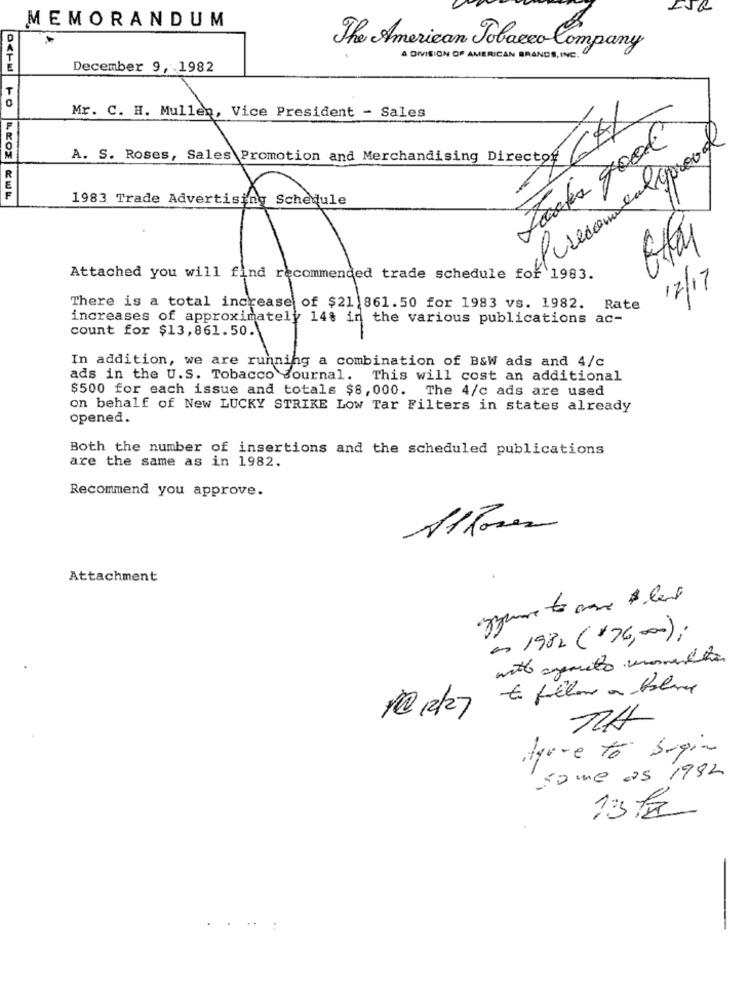
MEMORANDUM
The American Tobacco Company
A DIVISION OF AMERICAN BRANDS, INC.
December 9, 1982
Mr. C. H. Mullen, Vice President - Sales
la goooool
A. S. Roses, Sales Promotion and Merchandising Director
1983 Trade Advertising Schedule
Attached you will find recommended trade schedule for 1983.
12/17
There is a total increase of $21 861.50 for 1983 vs. 1982. Rate
increases of approximately 14% in the various publications ac-
count for $13,861.50.
In addition, we are running a combination of B&W ads and 4/c
ads in the U.S. Tobacco Journal. This will cost an additional
$500 for each issue and totals $8,000. The 4/c ads are used
on behalf of New LUCKY STRIKE LOW Tar Filters in states already
opened.
Both the number of insertions and the scheduled publications
are the same as in 1982.
Recommend you approve.
Attachment
as 1982 (+76,00) ;
10 2/27
Algore to begin
some as 1982
...
: